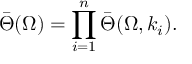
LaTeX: \bar { \Theta } ( \Omega ) = \prod _ { i = 1 } ^ { n } \bar { \Theta } ( \Omega , k _ { i } ) .